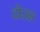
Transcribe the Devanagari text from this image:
दोउन